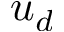
u _ { d }